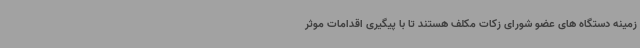
زمینه دستگاه های عضو شورای زکات مکلف هستند تا با پیگیری اقدامات موثر